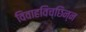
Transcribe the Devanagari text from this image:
विवाहविच्छिन्न